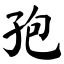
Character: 孢